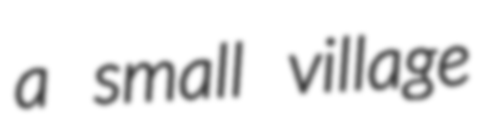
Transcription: a small village